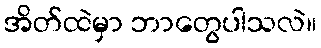
အိတ်ထဲမှာ ဘာတွေပါသလဲ။